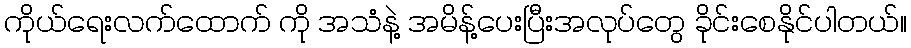
ကိုယ်ရေးလက်ထောက် ကို အသံနဲ့ အမိန့်ပေးပြီးအလုပ်တွေ ခိုင်းစေနိုင်ပါတယ်။